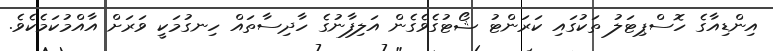
އިންޑިއާގެ ހޮސްޕިޓަލު ތަކުގައި ކަރަންޓު ޝޯޓުގެވެގެން އަލިފާނުގެ ހާދިސާތައް ހިނގުމަކީ ވަރަށް އާއްމުކަމެކެވެ.